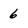
Character: 6